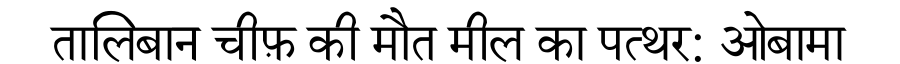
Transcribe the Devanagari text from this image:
तालिबान चीफ़ की मौत मील का पत्थर: ओबामा